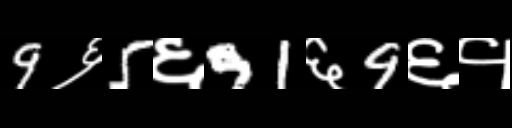
Text: 9६5६91६9६१